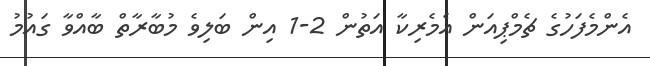
އެންމެފަހުގެ ޗެމްޕިއަން އެމެރިކާ އަތުން 2-1 އިން ބަލިވެ މުބާރާތް ބާއްވާ ގައުމު